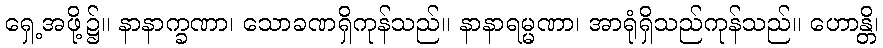
ရှေ့အဖို့၌။ နာနာက္ခဏာ၊ သောခဏရှိကုန်သည်။ နာနာရမ္မဏာ၊ အာရုံရှိသည်ကုန်သည်။ ဟောန္တိ၊